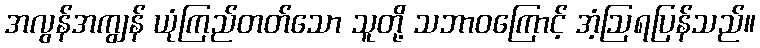
အလွန်အကျွန် ယုံကြည်တတ်သော သူတို့ သဘာဝကြောင့် အံ့ဩရပြန်သည်။